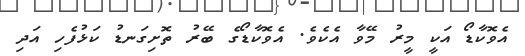
އެވޮކާޑޯ އަކީ މީރު މޭވާ އެކެވެ. އެވޮކާޑޯގެ ބޭރު ތޮށިގަނޑު ކަޅުފެހި އަދި